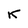
Character: K